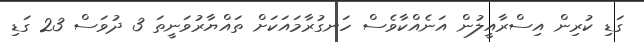
ގަޑި ކުރިން އިސްރާއީލުން އަނެއްކާވެސް ހަނގުރާމައަކަށް ތައްޔާރުވަނީތަ 3 ދުވަސް 23 ގަޑި